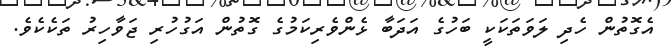
އެގޮތުން ހެދި ލަވަތަކަކީ ބަހުގެ އަދަބާ ޅެންވެރިކަމުގެ ގޮތުން އަގުހުރި ޖަވާހިރު ތަކެކެވެ.